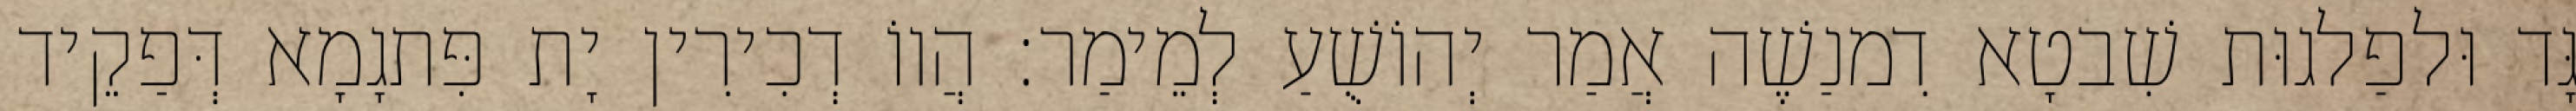
גָּד וּלפַלגוּת שִׁבטָא דִמנַשֶׁה אֲמַר יְהוֹשֻׁעַ לְמֵימַר׃ הֲווֹ דְכִירִין יָת פִּתגָמָא דְּפַקֵיד